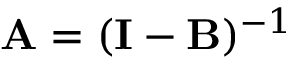
\mathbf { A } = ( \mathbf { I } - \mathbf { B } ) ^ { - 1 }